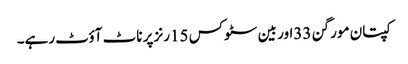
کپتان مورگن 33اور بین سٹوکس 15رنز پر ناٹ آؤٹ رہے۔